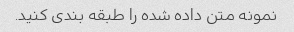
نمونه متن داده شده را طبقه بندی کنید.